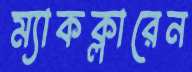
ম্যাকক্লারেন